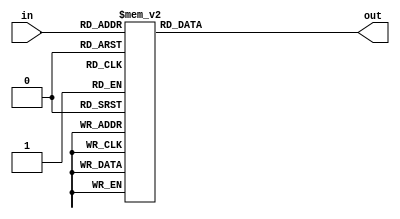
module seven_segment_disp_two(in,out);
input [3:0]in;
output [6:0]out;
reg [6:0]out;
always@(in)
case(in)
	4'h0:out=~7'h3F;
	4'h1:out=~7'h3F;
	4'h2:out=~7'h3F;
	4'h3:out=~7'h3F;
	4'h4:out=~7'h3F;
	4'h5:out=~7'h3F;
	4'h6:out=~7'h3F;
	4'h7:out=~7'h3F;
	4'h8:out=~7'h3F;
	4'h9:out=~7'h3F;
	4'ha:out=~7'h06;
	4'hb:out=~7'h06;
	4'hc:out=~7'h06;
	4'hd:out=~7'h06;
	4'he:out=~7'h06;
	4'hf:out=~7'h06;
endcase
endmodule